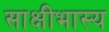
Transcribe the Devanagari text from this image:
साक्षीभास्य